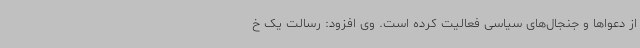
از دعواها و جنجال‌های سیاسی فعالیت کرده است. وی افزود: رسالت یک خ